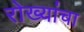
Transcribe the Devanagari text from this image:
रोख्यांचा